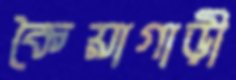
কৈয়াগাড়ী